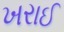
ખરાઈ